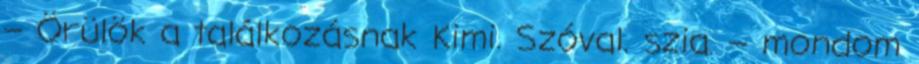
– Örülök a találkozásnak Kimi. Szóval. szia. – mondom